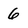
Character: 6